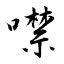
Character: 噤